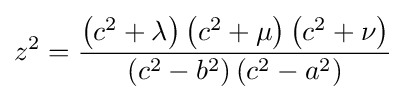
z^{2}={\frac {\left(c^{2}+\lambda \right)\left(c^{2}+\mu \right)\left(c^{2}+\nu \right)}{\left(c^{2}-b^{2}\right)\left(c^{2}-a^{2}\right)}}